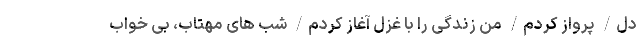
دل/ پرواز کردم/ من زندگی را با غزل آغاز کردم/ شب های مهتاب، بی خواب